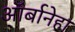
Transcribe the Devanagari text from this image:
ऑर्बानेहा